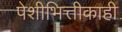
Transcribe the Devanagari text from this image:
पेशीभित्तीकाही